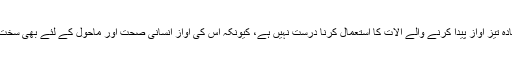
۳- DJ اور ضرورت سے زیادہ تیز آواز پیدا کرنے والے آلات کا استعمال کرنا درست نہیں ہے، کیونکہ اس کی آواز انسانی صحت اور ماحول کے لئے بھی سخت نقصاندہ ہے۔